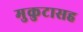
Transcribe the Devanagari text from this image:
मुकुटासह